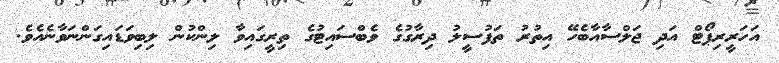
އަހަރީރިޕޯޓް އަދި ޖަލްސާއާބެހޭ އިތުރު ތަފުސީލު ދިރާގުގެ ވެބްސައިޓުގެ ތިރީގައިވާ ލިންކުން ލިބިވަޑައިގަންނަވާނެއެވެ.